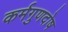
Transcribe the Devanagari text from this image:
कर्मगुणदोष